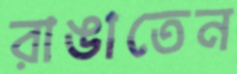
রাঙাতেন